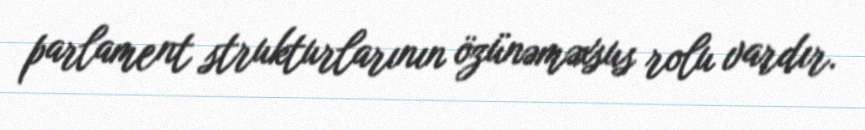
parlament strukturlarının özünəməxsus rolu vardır.